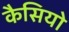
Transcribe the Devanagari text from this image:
कैसियो